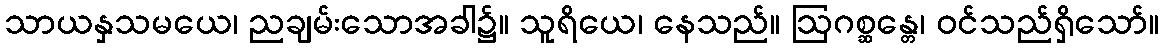
သာယနှသမယေ၊ ညချမ်းသောအခါ၌။ သူရိယေ၊ နေသည်။ ဩဂစ္ဆန္တေ၊ ဝင်သည်ရှိသော်။